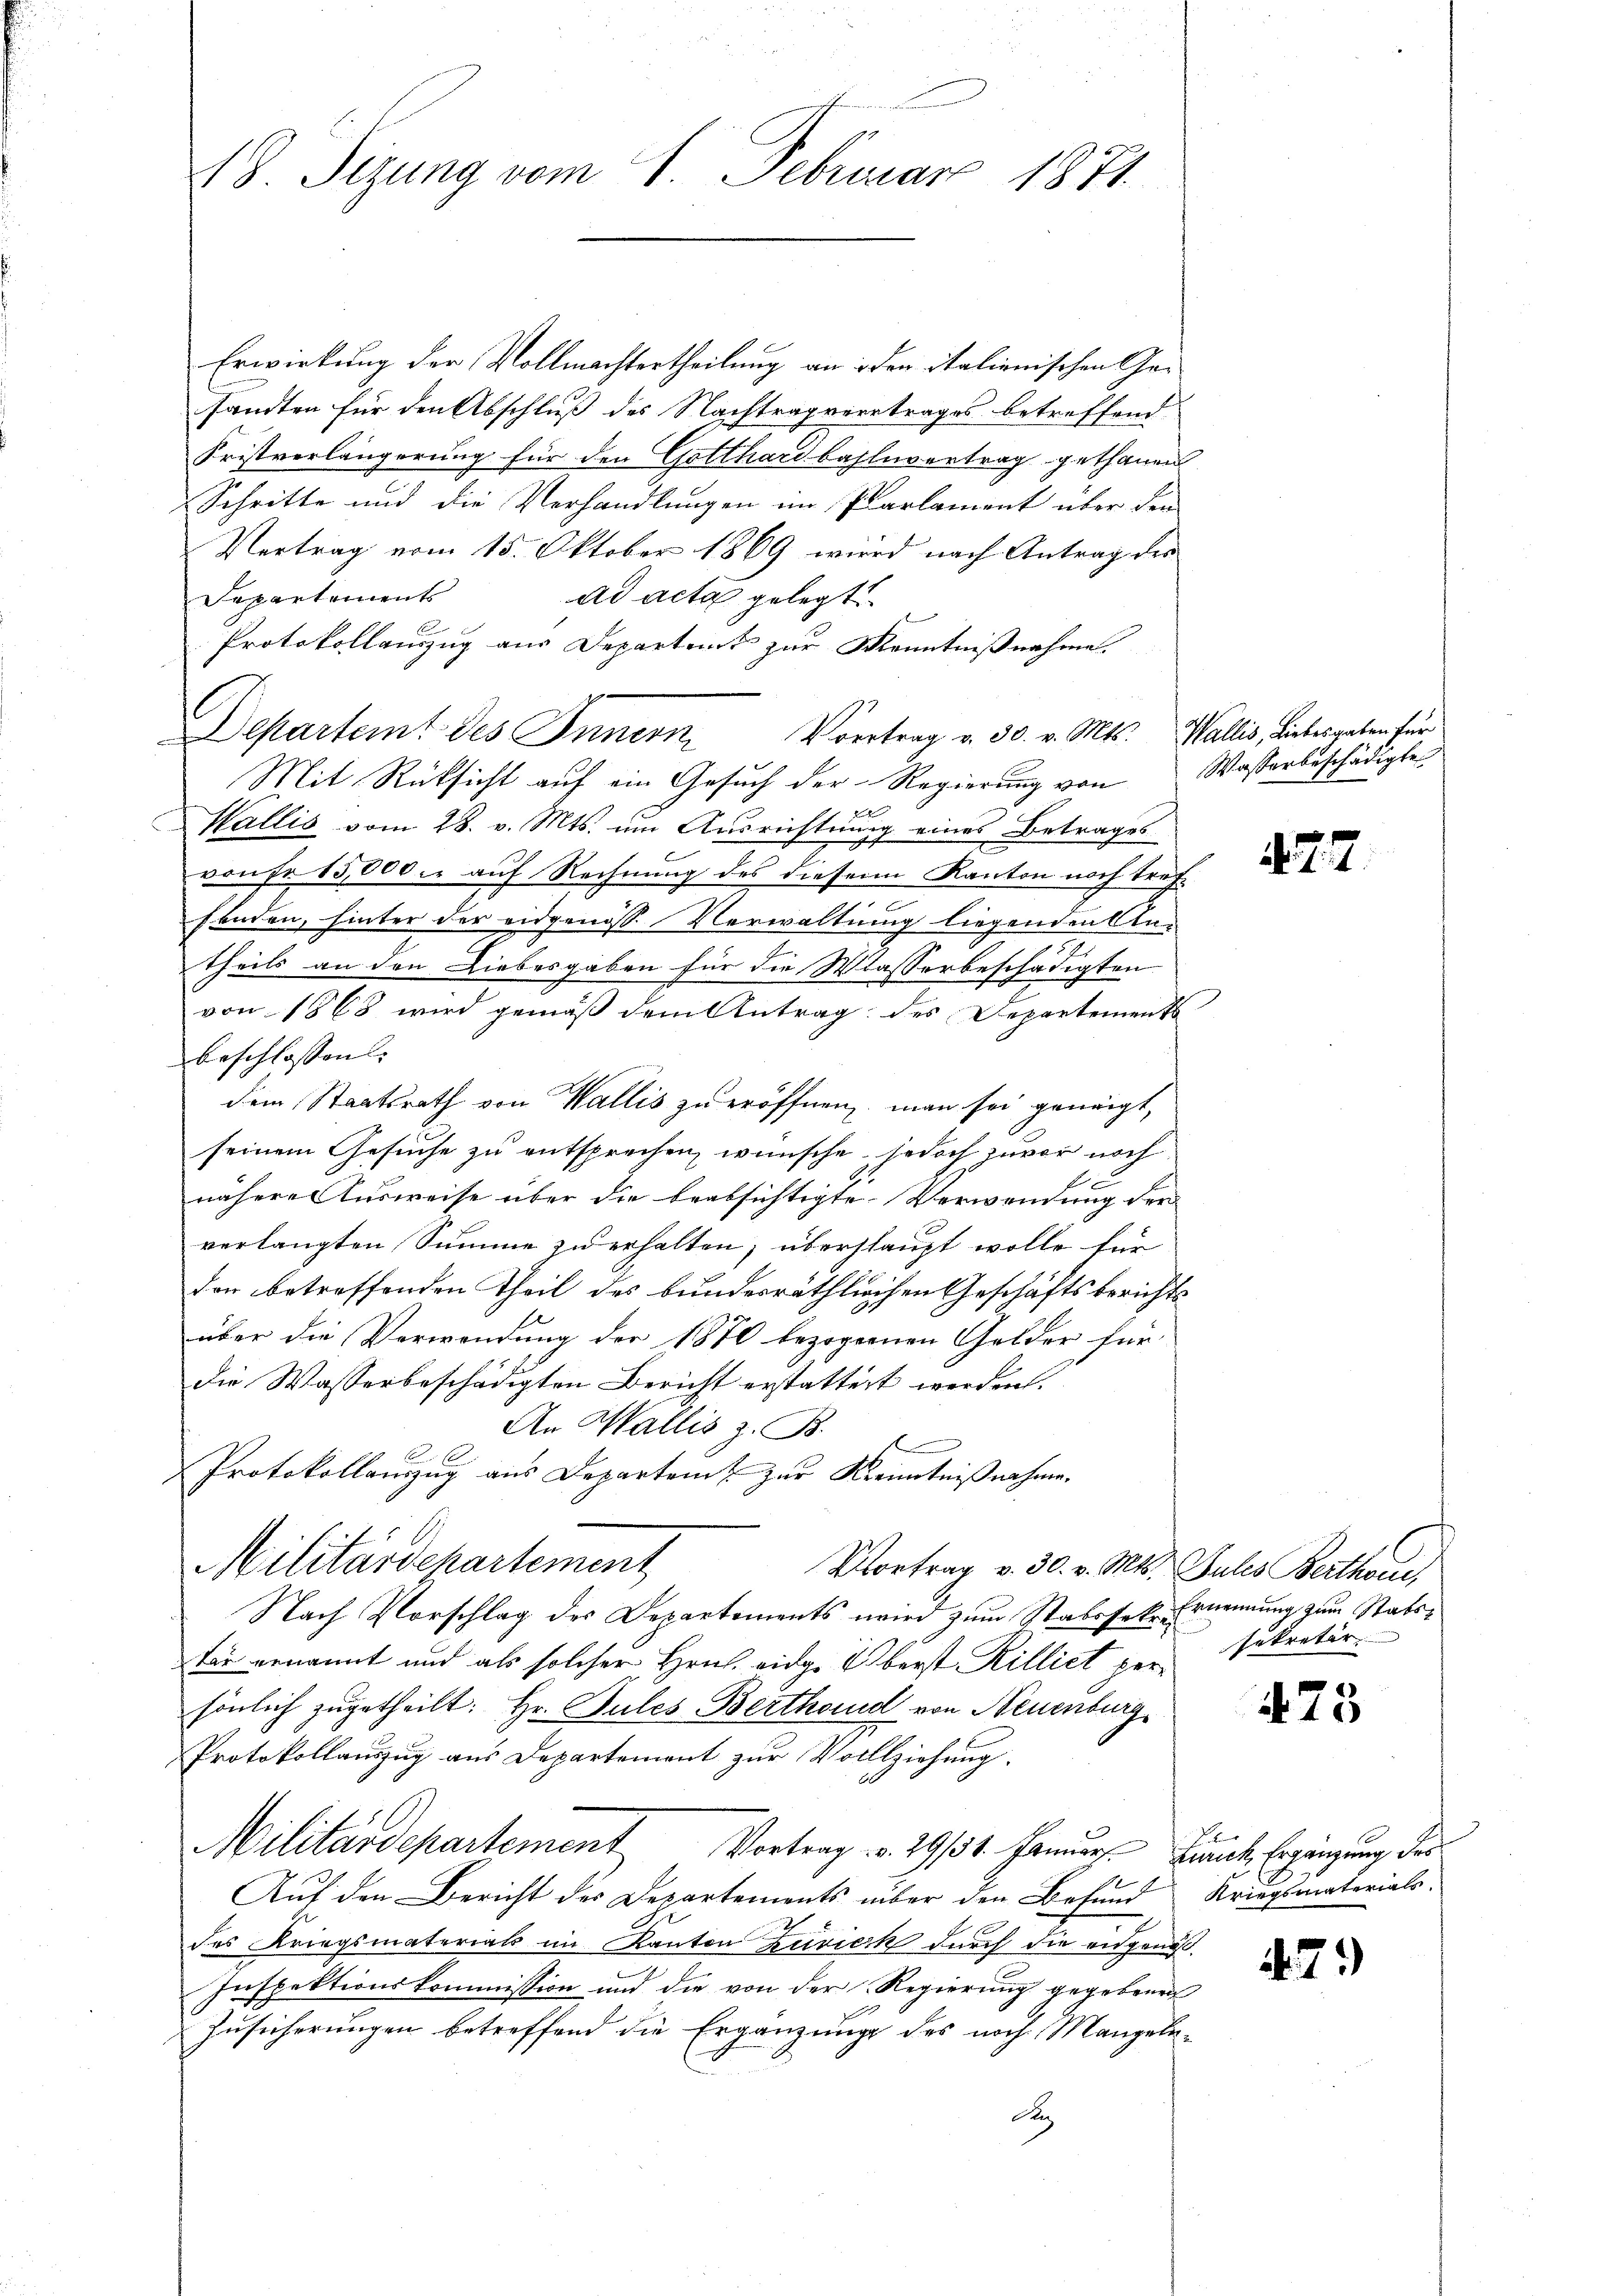
18. Sizung vom 1. Februar 1871.

Erwirkung der Vollmachtertheilung an iden italienischen Gesandten für den Abschluß des Nachtrag vertrages betreffend
Fristverlängerung für den Gotthardbahlnvertrag gethanen
Schritte und die Verhandlungen im Parlament über den
Vertrag vom 15. Oktober 1869 wird nach Antrag der
Departements
ad acta gelegt
Protokollauszug aus Departent zur Kenntnißnahme.
1
6
lsarteit des Innern
Vvertrag v. 30. v. Mts. Wallis, Liebesgaben für
Mit Rücksicht auf ein Gesuch der Regierung von Wasserbeschädigte

Wallis vom 28. v. Mts. um Ausrichtung eines Betrages
von Fr. 15,000 auf Rechnung des diesem Kanton noch treffraden, hinter der eidgenöss. Verwaltung liegenden An-
.
theils an den Liebesgaben für die Wasserbeschädigten
von 1868 wird gemäß dem Antrag des Departements
beschlossen. |
dem Staatsrath von Wallis zu eröffnen, man sei geneigt,
seinem Gesuche zu entsprechen wünsche, jedoch zuvor noch
nähere Ausweise über die beabsichtigte Verwendung der
verlangten Summe zu erhalten; überstaupt wolle für
don betreffenden Theil des bunderräthlichen Geschäftsberichts
über die Verwendung der 1870 bezogenen Gelder für
die Wasserbeschädigten Bericht erstattet werden.
An Wallis z. B.
Protokollauszug aus Departamt zur Kenntnißnahme.
Militärdepartement
Vortrag v. 30. v. Mts. Zules Berthane
Nach Vorschlag des Departements wird zum Stabssekr-Ernennung zum Statstar ernannt und als solcher Hrn. eidg. Oberst Rilliet persönlich zugetheilt: Hr. Pules Berthord von Neuenburg
Protokollauszug aus Departement zur Vollziehung.
Militärdepartement Vortrag v. 29/31. Janur Zürich, Ergänzung des
Auf den Bericht des Departements über den Befund Kriegsmaterials.
des Kriegsmaterials im Kanton zuvieck durch die eidgenöß
Inspektionskommission und die von der Regierung gegebenen
Zusicherungen betreffend die Ergänzungs des noch Mangele-
A

A. 22.

sekretär

475

7.)